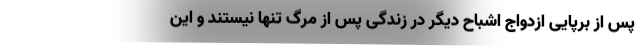
پس از برپایی ازدواج اشباح دیگر در زندگی پس از مرگ تنها نیستند و این